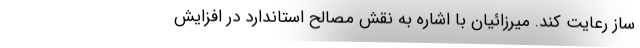
ساز رعایت کند. میرزائیان با اشاره به نقش مصالح استاندارد در افزایش